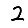
Digit: 2